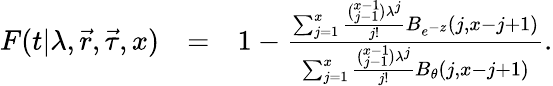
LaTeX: \begin{array}{rlr}{F(t|\lambda,\vec{r},\vec{\tau},x)}&{=}&{1-\frac{\sum_{j=1}^{x}\frac{\binom{x-1}{j-1}\lambda^{j}}{j!}B_{e^{-z}}(j,x-j+1)}{\sum_{j=1}^{x}\frac{\binom{x-1}{j-1}\lambda^{j}}{j!}B_{\theta}(j,x-j+1)}.}\end{array}